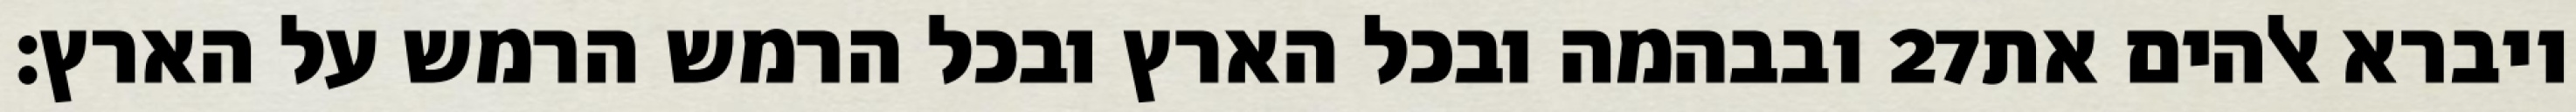
ובבהמה ובכל הארץ ובכל הרמש הרמש על הארץ׃ ‎27‏ ויברא אלהים את